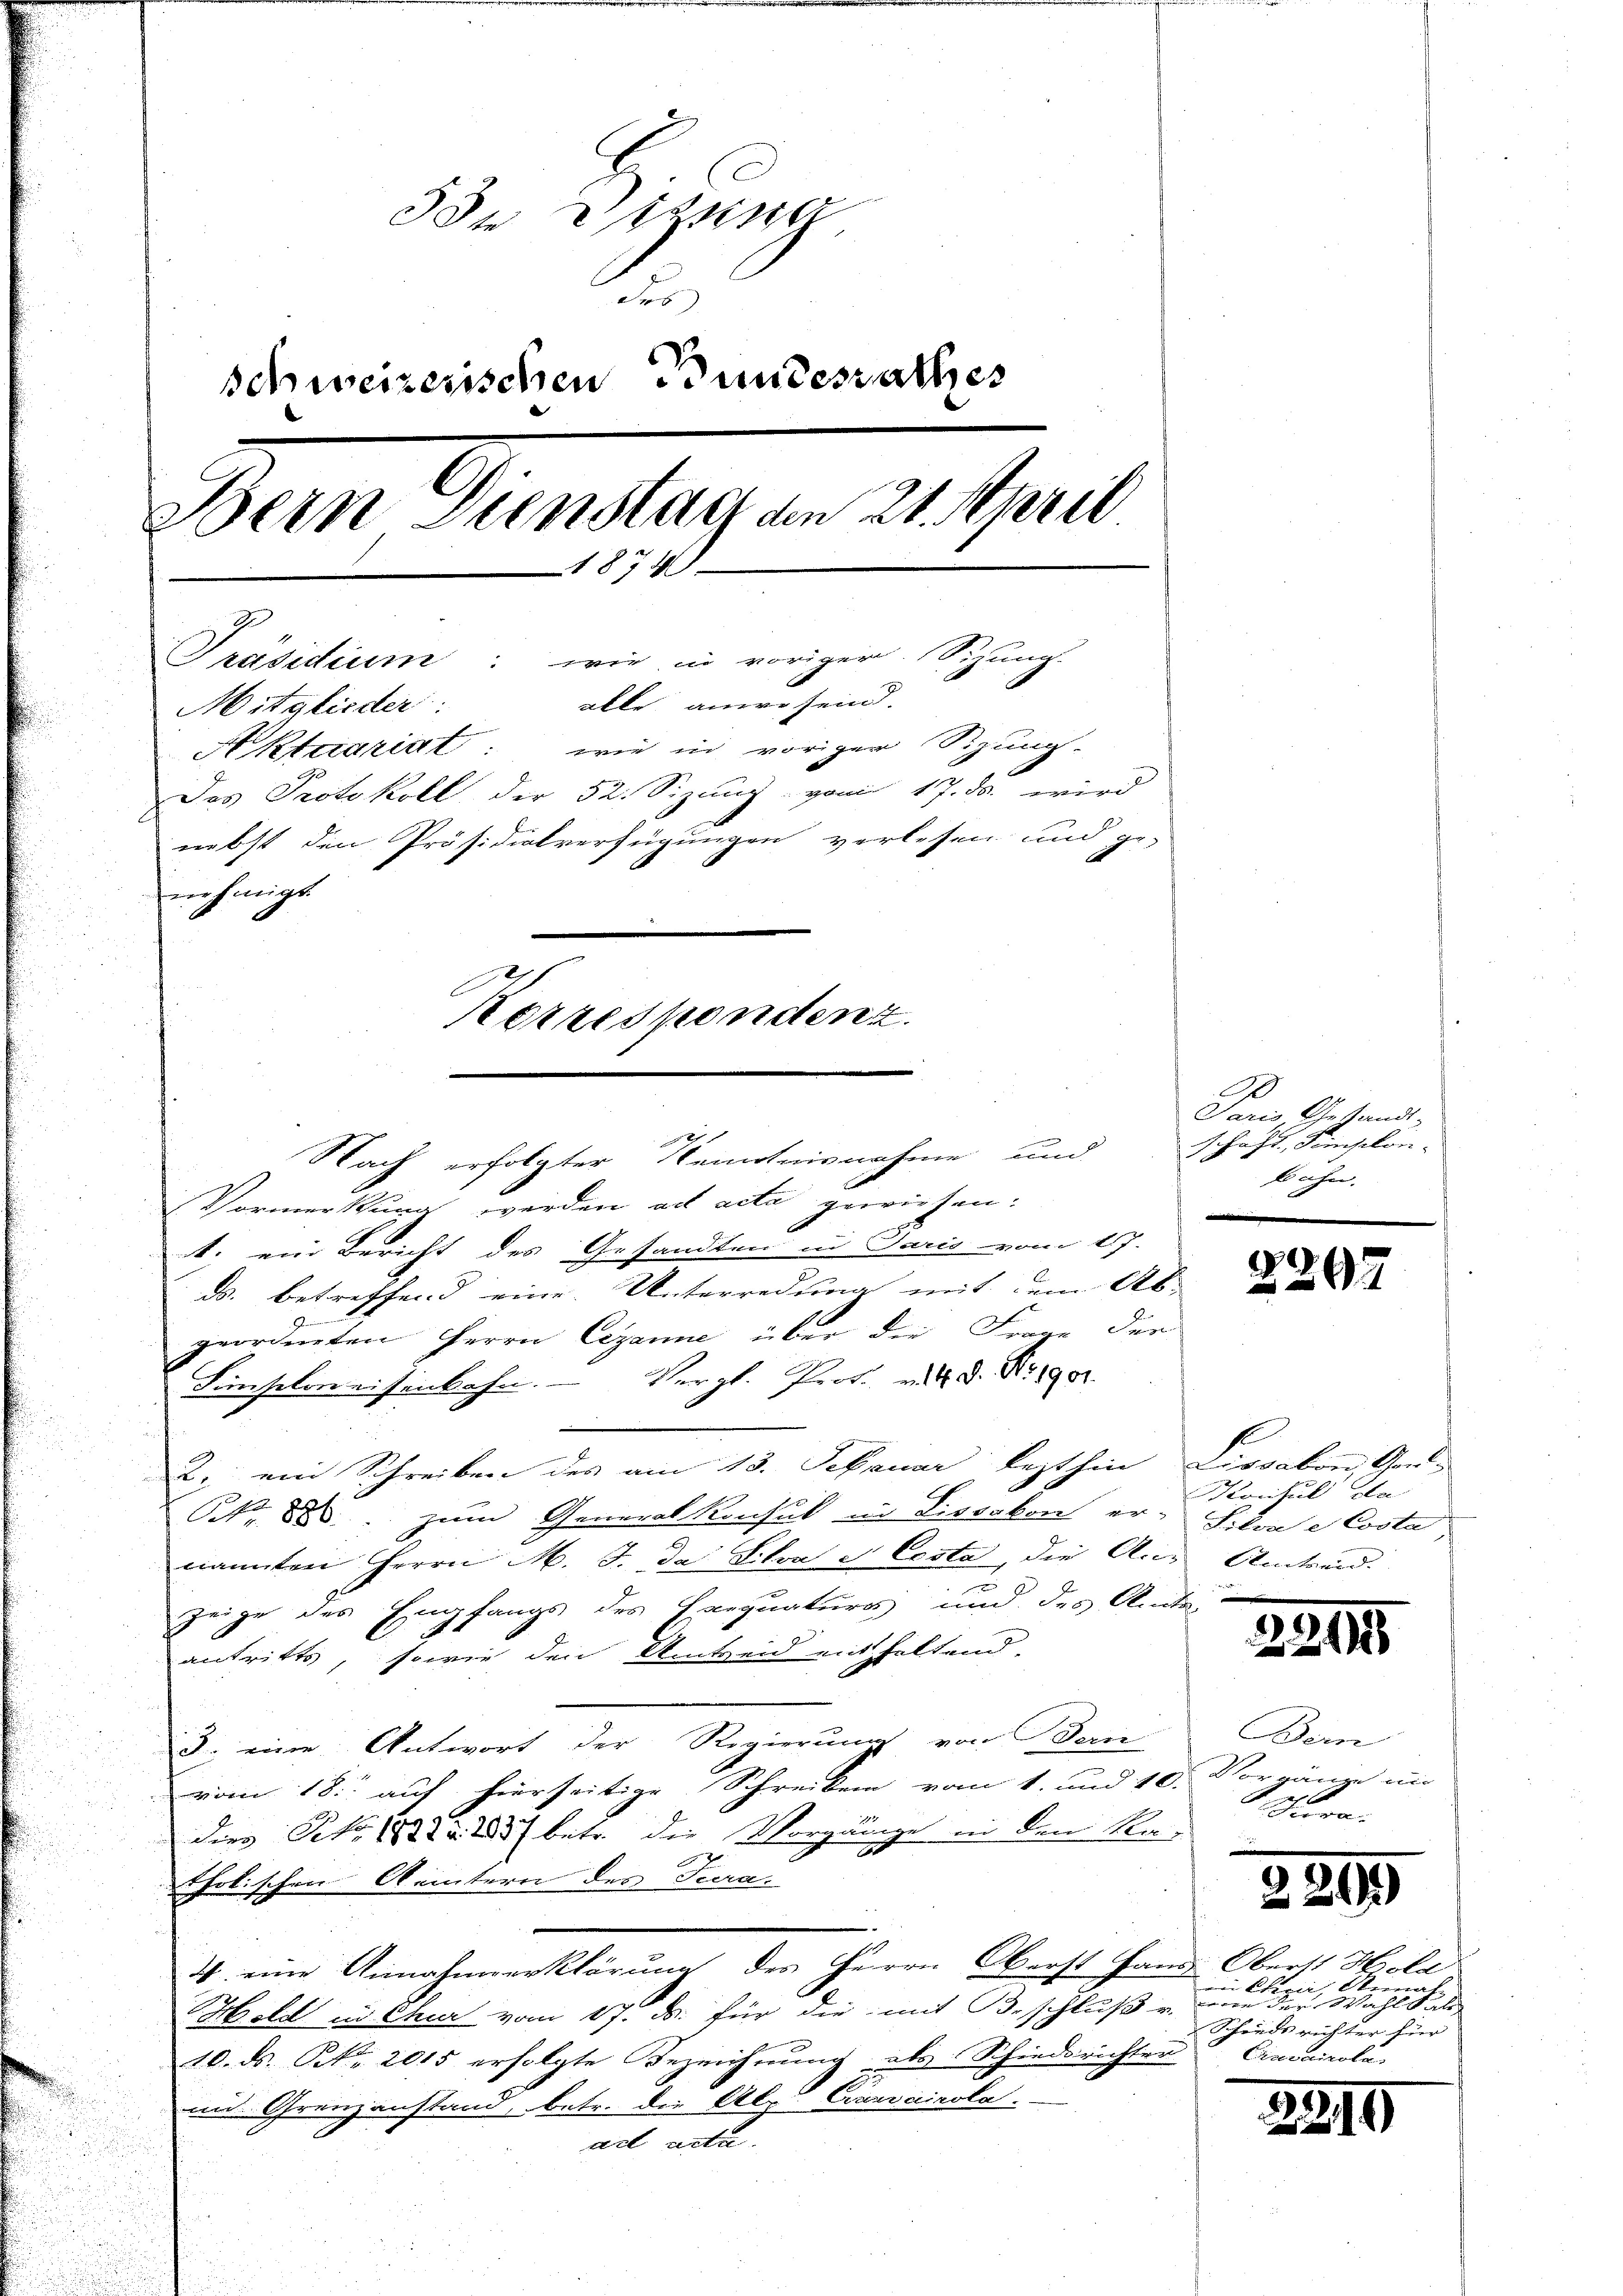
den Digna
d
schweizerischen Bundesrathes
Bern Dienstag den 21. April
1874
Präsidium: wie in voriger Sizung.
able ange sein.
Mitglieder:
Aktuariat: wie in voriger Sizung
Das Protokoll der 52. Sizung vom 17. ds. wird
nebst den Präsidialverfügungen verlesen und ge-
nehmigt.
Korrespondenz.

2 f
Nach erfolgter Kenntnisnahme und schaft, Simplon-
Vormerkung werden ad acta gewiesen:
1. ein Bericht des Gesandten in Paris vom 17.
ds. betreffend eine Unterredung mit dem Ab-
geordneten Herrn Cezanne über die Frage der
Fünselon eisenbahn. Vergl. Prot. v. M. D. R. 1901
2. ein Schreiben des am 13. Sebruar lezthin Lissabon, Gen
Nr. 880 zum Generalkonsul in Lissabon er- Strae Costa,
nannten Herrn M. J. da Silva et Costa, die Aus Amtwerd
zeige des Empfangs des Exequaturs und des Amts
antritte, sowie den Amtseid enthaltend.
3. eine Antwort der Regierung von Dein
vom 18. auf hierseitige Schreiben vom 1. und 10. Vorgane un
dies Pro. 1822 § 285 betr. die Vorgänge in den Ratholischen Aemtern des Tera¬
4 eine Annahmeerklärung des Herrn Oberst Hand Oberst Hola
Shold in Chur vom 17. ds. für die mit Beschluß von der Wahl al
10. ds. S. 2015 erfolgte Bezeichnung als Schiedsrichten
mnt Grenzanstand, betr. die Alp Cranairola.
ad acta.

e

20
Paris Gesandt-
Bahn.

2297

Konsul da

2295

Bein
Jura.

2899

in Chri, Sirna
Schiedsrichter für |
Civouirole

2219